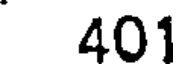
401